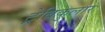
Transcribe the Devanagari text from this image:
ट्रेबिकुलार